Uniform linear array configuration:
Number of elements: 8
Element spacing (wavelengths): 1
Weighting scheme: exponential
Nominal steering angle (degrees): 45
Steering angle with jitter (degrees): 45.832
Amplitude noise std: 0.05
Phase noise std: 0.05

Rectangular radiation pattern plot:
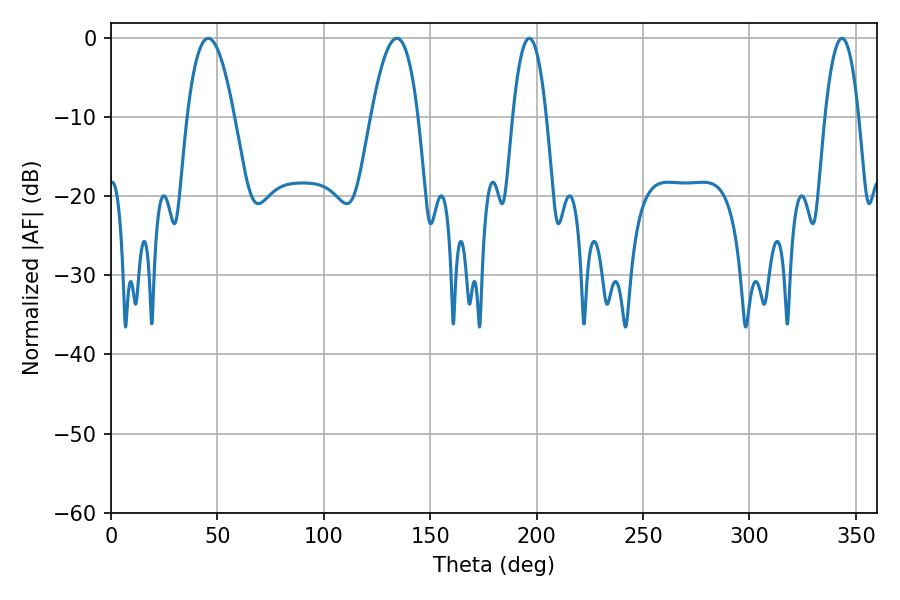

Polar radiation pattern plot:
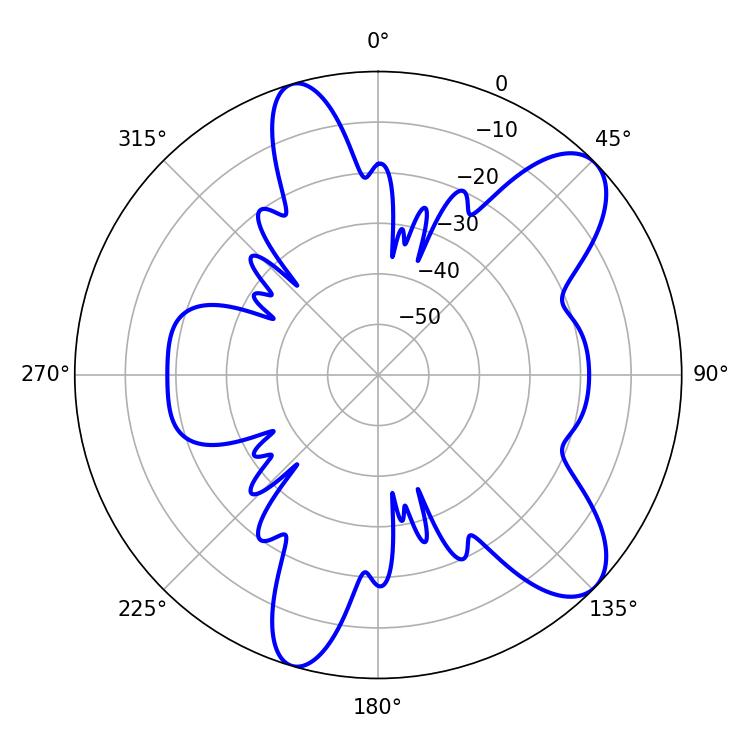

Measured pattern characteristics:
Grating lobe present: TRUE
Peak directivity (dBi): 9.279
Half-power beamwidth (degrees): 12.24
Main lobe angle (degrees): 45.72